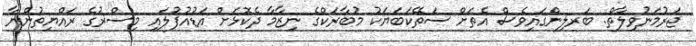
ޖަރުމަނުވިލާތް: ބަރލިންގައިވެސް އެތަށް ސަތޭކަބަޔަކު މުބާރަކްގެ ނިޒާމާ ދެކޮޅަށް އަޑުއުފުލައި މިސްރުގެ ރައްޔިތުންނާ